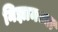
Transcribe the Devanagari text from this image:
निझामच्या